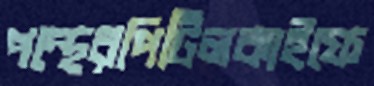
পন্থেরপিটিলকাইফে